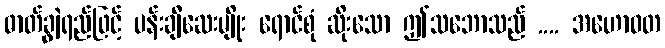
ဓာတ်ချွဲရည်ဖြင့် ပန်းချီဆေးမျိုး ရောင်စုံ ဆိုးသော ဤသဘောသည် .... အဟောဝတ